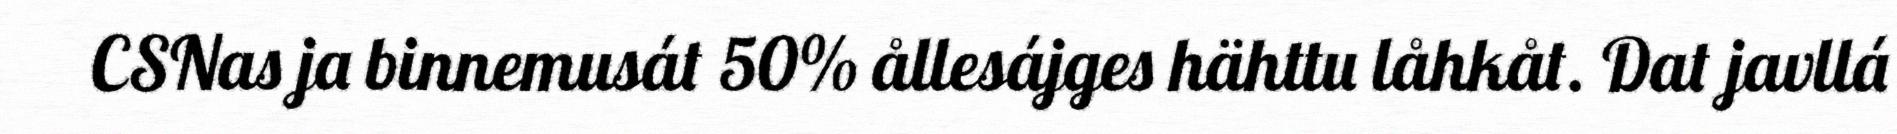
CSNas ja binnemusát 50% ållesájges hähttu låhkåt. Dat javllá